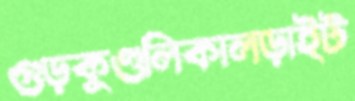
গুড়কুণ্ডলিকালড়াইট